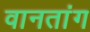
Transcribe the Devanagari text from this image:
वानतांग